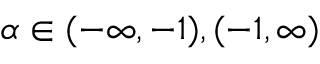
\alpha \in ( - \infty , - 1 ) , ( - 1 , \infty )